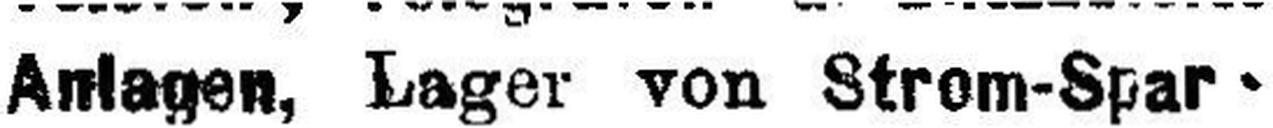
Anlagen, Lager von Stom-Spar¬